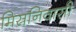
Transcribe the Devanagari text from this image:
मिस्रनिवासी